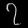
Digit: ၇